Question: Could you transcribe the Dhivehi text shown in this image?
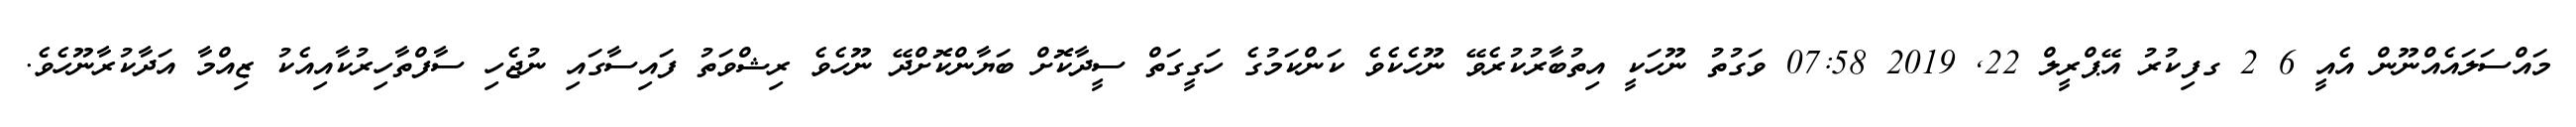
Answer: މައްސަލައެއްނޫން އެއީ 6 2 ގފިކުރު އޭޕްރީލް 22, 2019 07:58 ވަގުތު ނޫހަކީ އިތުބާރުކުރެވޭ ނޫހެކެވެ ކަންކަމުގެ ހަގީގަތް ސީދާކޮށް ބަޔާންކޮށްދޭ ނޫހެވެ ރިޝްވަތު ފައިސާގައި ނުޖެހި ސާފްތާހިރުކާއިއެކު ޒިއްމާ އަދާކުރާނޫހެވެ.